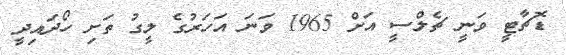
ޑޮޗާޓީ ވަނީ ޗެލްސީ އަށް 1965 ވަނަ އަހަރުގެ ލީގު ތަށި ހޯދައިދީ